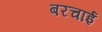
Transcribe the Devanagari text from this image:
बरचाई